Tezpur Lunatic Asylum reports 1895-1904 - 1895-1904
Year: 1895
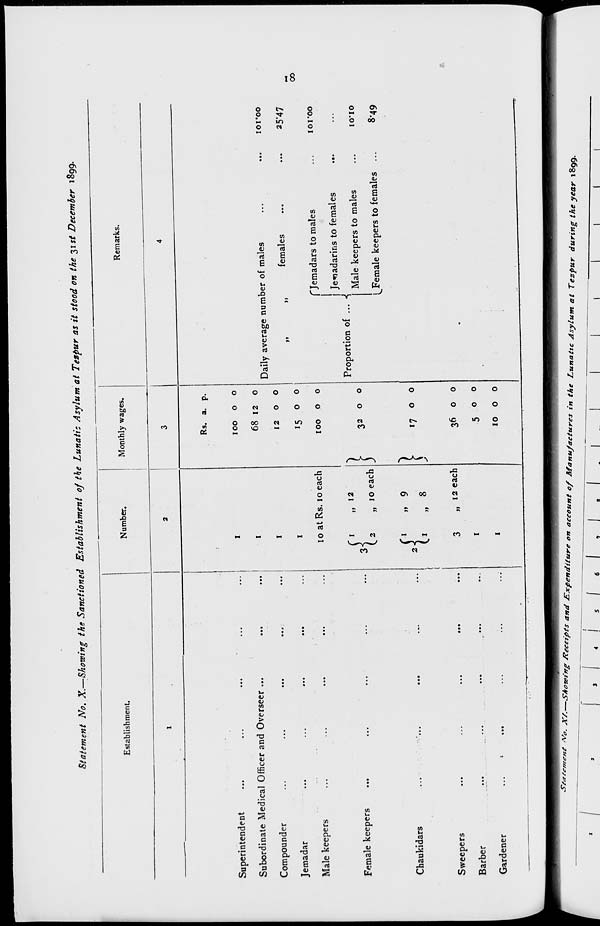
Statement No. X.—Showing the Sanctioned Establishment of the Lunatic Asylum at Tezpur as it stood on the 31st December 1899.
Establishment.
Superintendent
Subordinate Medical Officer and Overseer ...
Compounder
Jemadar
Male keepers
Female keepers
...
Chaukidars
Sweepers
Barber
Gardener
Number.
Monthly wages.
10 atRs. 10 each
12
I
, 10 each
1 9
, 12 each
1
Remarks.
Rs. a. p.
100 o o
68 12 o
1200
15 o o
100 0 o
32 o o
17 o o
36 o o
500
10 o o
Daily average number of males
females
>»
tt
f Jemadars to males
Proportion of ... •{
I Jcnadarins to females
Male keepers to males
^Female keepers to females
101*00
25*47
IOI'OO
IO-IO
8-49
00
Stamen* V,. XS.—S*o~, : ng Xecefpts and ir xpenttiture
on account of Manujactures in the Lunat tC Asylum at Tezpur during the year ,899.
• I ■ I . I . I . I